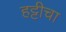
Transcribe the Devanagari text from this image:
हट्टीचा